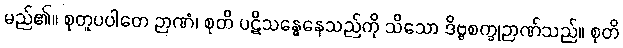
မည်၏။ စုတူပပါတေ ဉာဏံ၊ စုတိ ပဋိသန္ဓေနေသည်ကို သိသော ဒိဗ္ဗစက္ခုဉာဏ်သည်။ စုတိ